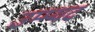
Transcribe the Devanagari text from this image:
उम्म्यद